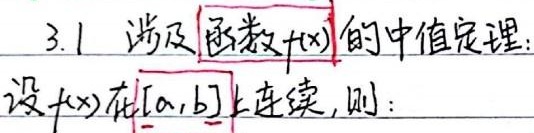
3.1 涉及函数\(f(x)\)的中值定理：设\(f(x)\)在\([a,b]\)上连续，则：